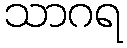
သာဂရ